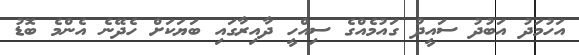
އަހުމަދު އަބުދު ސައީދު ގައުމެއްގެ ސިއްހީ ދާއިރާގައި ބަޔަކަށް ހެދޭނެ އެންމެ ބޮޑު